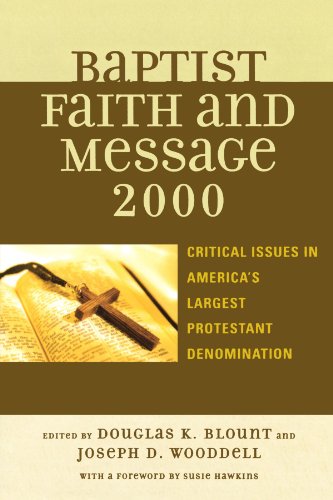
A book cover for The Baptist Faith and Message 2000: Critical Issues in America's Largest Protestant Denomination; Christian Books & Bibles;